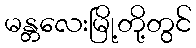
မန္တလေးမြို့တို့တွင်